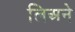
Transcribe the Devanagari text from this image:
लिअने